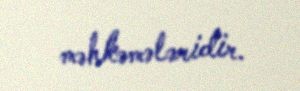
məhkəmələridir.